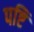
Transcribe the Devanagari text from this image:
पष्टि